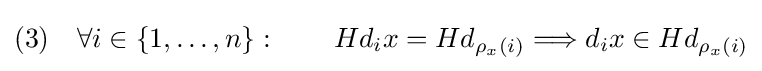
(3)\quad \forall i\in \{1,\ldots ,n\}:\qquad Hd_{i}x=Hd_{\rho _{x}(i)}\Longrightarrow d_{i}x\in Hd_{\rho _{x}(i)}